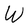
Character: W